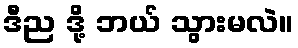
ဒီည ဒို့ ဘယ် သွားမလဲ။